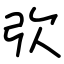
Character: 弞